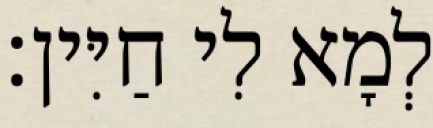
לְמָא לִי חַיִּין׃